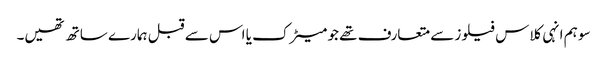
سو ہم انہی کلاس فیلوز سے متعارف تھے جو میٹرک یا اس سے قبل ہمارے ساتھ تھیں۔